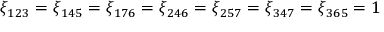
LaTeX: \xi _ { 1 2 3 } = \xi _ { 1 4 5 } = \xi _ { 1 7 6 } = \xi _ { 2 4 6 } = \xi _ { 2 5 7 } = \xi _ { 3 4 7 } = \xi _ { 3 6 5 } = 1